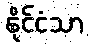
နိုင်ငံသာ